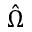
\hat { \Omega }